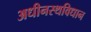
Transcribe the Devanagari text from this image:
अधीनस्थविधान